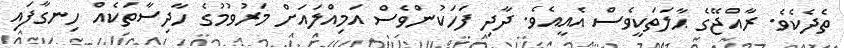
ތެދެކެވެ. ރާއްޖޭގެ ޙާލަތަކީވެސް އެއީއެވެ. ދާދި ފަހަކުންވެސް އަމިއްލައަށް މަރުވުމުގެ ހާދިސާތަކެއް ހިނގާފައި